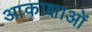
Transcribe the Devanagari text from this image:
आकाक्षाओं